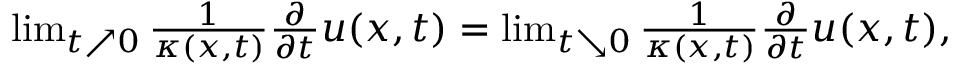
\begin{array} { r } { \operatorname* { l i m } _ { t \nearrow 0 } \frac { 1 } { \kappa ( x , t ) } \frac { \partial } { \partial t } u ( x , t ) = \operatorname* { l i m } _ { t \searrow 0 } \frac { 1 } { \kappa ( x , t ) } \frac { \partial } { \partial t } u ( x , t ) , } \end{array}